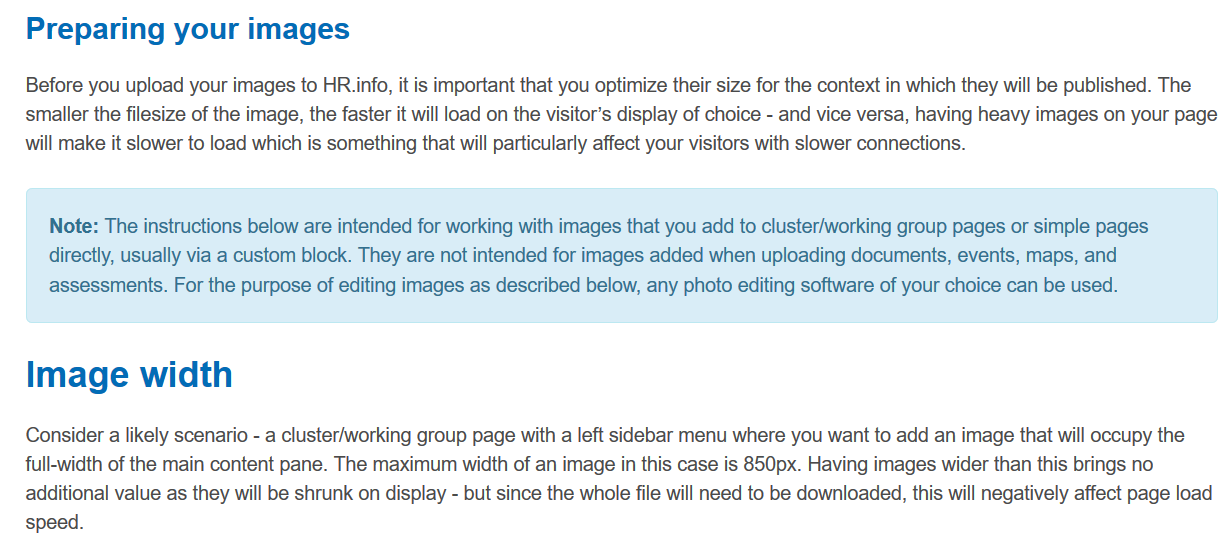
Preparing    your   images
   Image    width
   Before you upload your images to HR. info, it is important that you optimize their size for the context in which they will be published. The
   smaller the filesize of the image, the faster it will load on the visitor’s display of choice
     -
     and vice versa, having heavy images on your page
   will make it slower to load which is something that will particularly affect your visitors with slower connections.
     Note: The instructions below are intended for working with images that you add to cluster/working group pages or simple pages
     directly, usually via a custom block. They are not intended for images added when uploading documents, events, maps, and
     assessments. For the purpose of editing images as described below, any photo editing software of your choice can be used.
   Consider a likely scenario
     - a cluster/working group page with a left sidebar menu where you want to add an image that will occupy the
   full-width of the main content pane. The maximum width of an image in this case is 850px. Having images wider than this brings no
   additional value as they will be shrunk on display -
     but since the whole file will need to be downloaded, this will negatively affect page load
   speed.